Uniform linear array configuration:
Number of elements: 4
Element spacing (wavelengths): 0.5
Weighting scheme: blackman
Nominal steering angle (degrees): -60
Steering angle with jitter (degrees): -61.826
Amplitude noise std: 0.05
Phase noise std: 0.05

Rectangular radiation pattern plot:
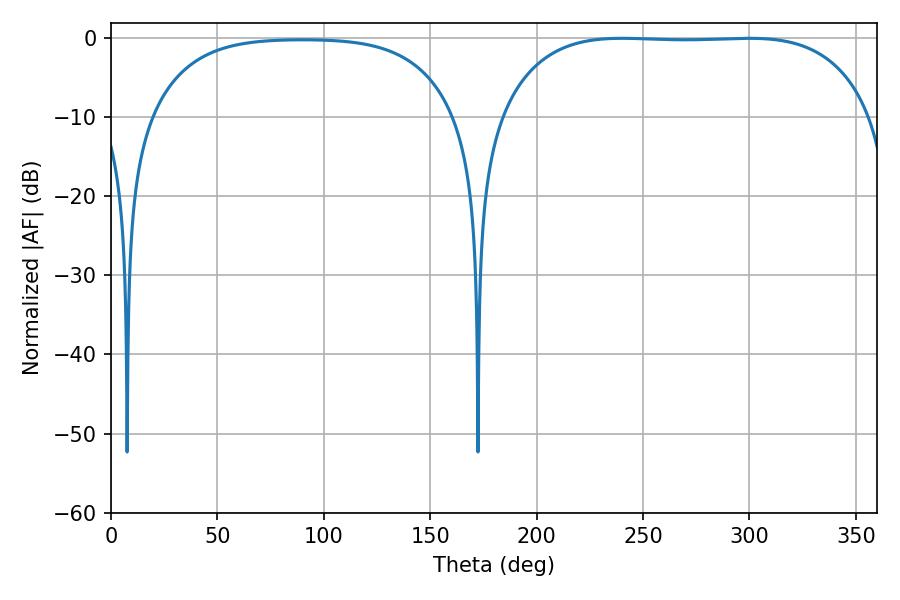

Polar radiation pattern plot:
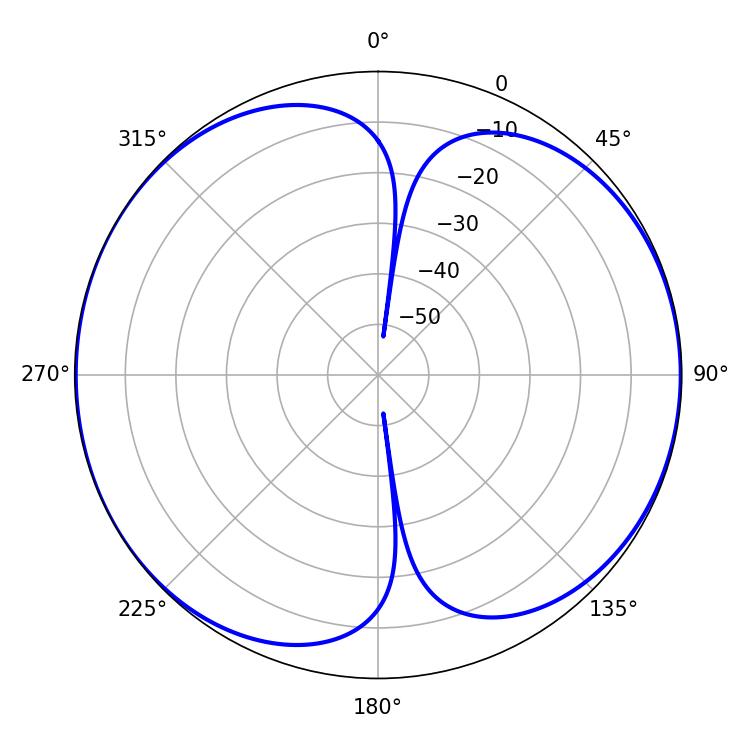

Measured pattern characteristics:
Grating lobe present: FALSE
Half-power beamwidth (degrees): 136.44
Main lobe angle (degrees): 240.3